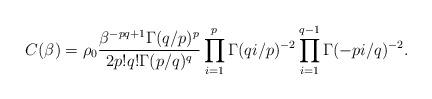
LaTeX: \begin{align*}C(\beta)=\rho_0 \frac{\beta^{-pq+1} \Gamma(q/p)^p}{2p!q! \Gamma(p/q)^q}\prod_{i=1}^p \Gamma(qi/p)^{-2} \prod_{i=1}^{q-1} \Gamma(-pi/q)^{-2} .\end{align*}